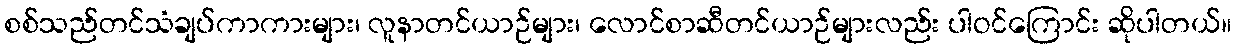
စစ်သည်တင်သံချပ်ကာကားများ၊ လူနာတင်ယာဉ်များ၊ လောင်စာဆီတင်ယာဉ်များလည်း ပါဝင်ကြောင်း ဆိုပါတယ်။